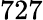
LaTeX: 727